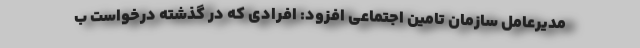
مدیرعامل سازمان تامین اجتماعی افزود: افرادی که در گذشته درخواست ب